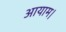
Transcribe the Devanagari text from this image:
आयाम।